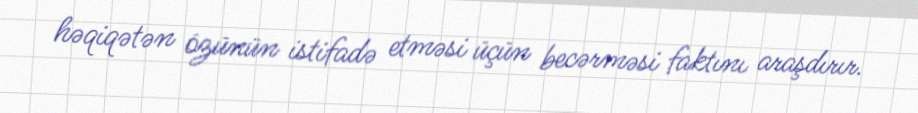
həqiqətən özünün istifadə etməsi üçün becərməsi faktını araşdırır.